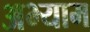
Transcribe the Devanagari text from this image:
अभ्याम